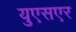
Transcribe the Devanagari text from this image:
युएसएर